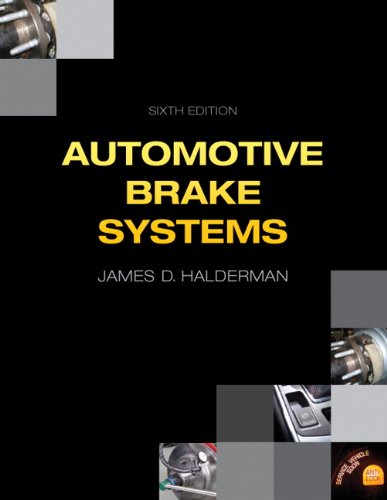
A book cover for Automotive Brake Systems (6th Edition) (Automotive Systems Books); James D. Halderman; Engineering & Transportation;